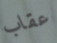
عقاب